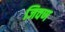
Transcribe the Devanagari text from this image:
जिवण